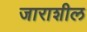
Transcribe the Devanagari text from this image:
जाराशील